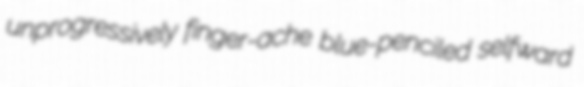
unprogressively finger-ache blue-penciled selfward